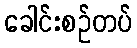
ခေါင်းစဉ်တပ်